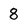
Character: 8